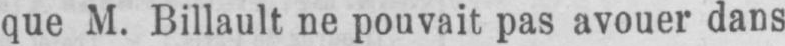
que M. Billault ne pouvait pas avouer dans